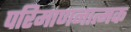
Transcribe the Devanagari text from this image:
परिमाणनात्मक